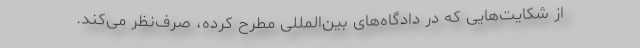
از شکایت‌هایی که در دادگاه‌های بین‌المللی مطرح کرده، صرف‌نظر می‌کند.